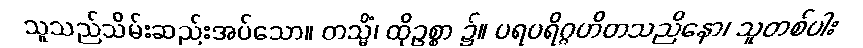
သူသည်သိမ်းဆည်းအပ်သော။ တသ္မိံ၊ ထိုဥစ္စာ ၌။ ပရပရိဂ္ဂဟိတသညိနော၊ သူတစ်ပါး